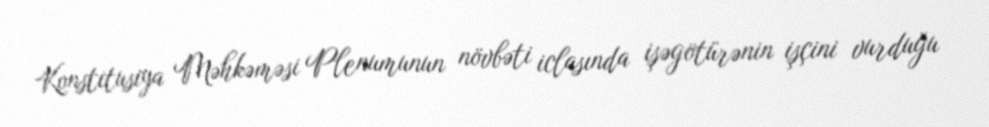
Konstitusiya Məhkəməsi Plenumunun növbəti iclasında işəgötürənin işçini vurduğu